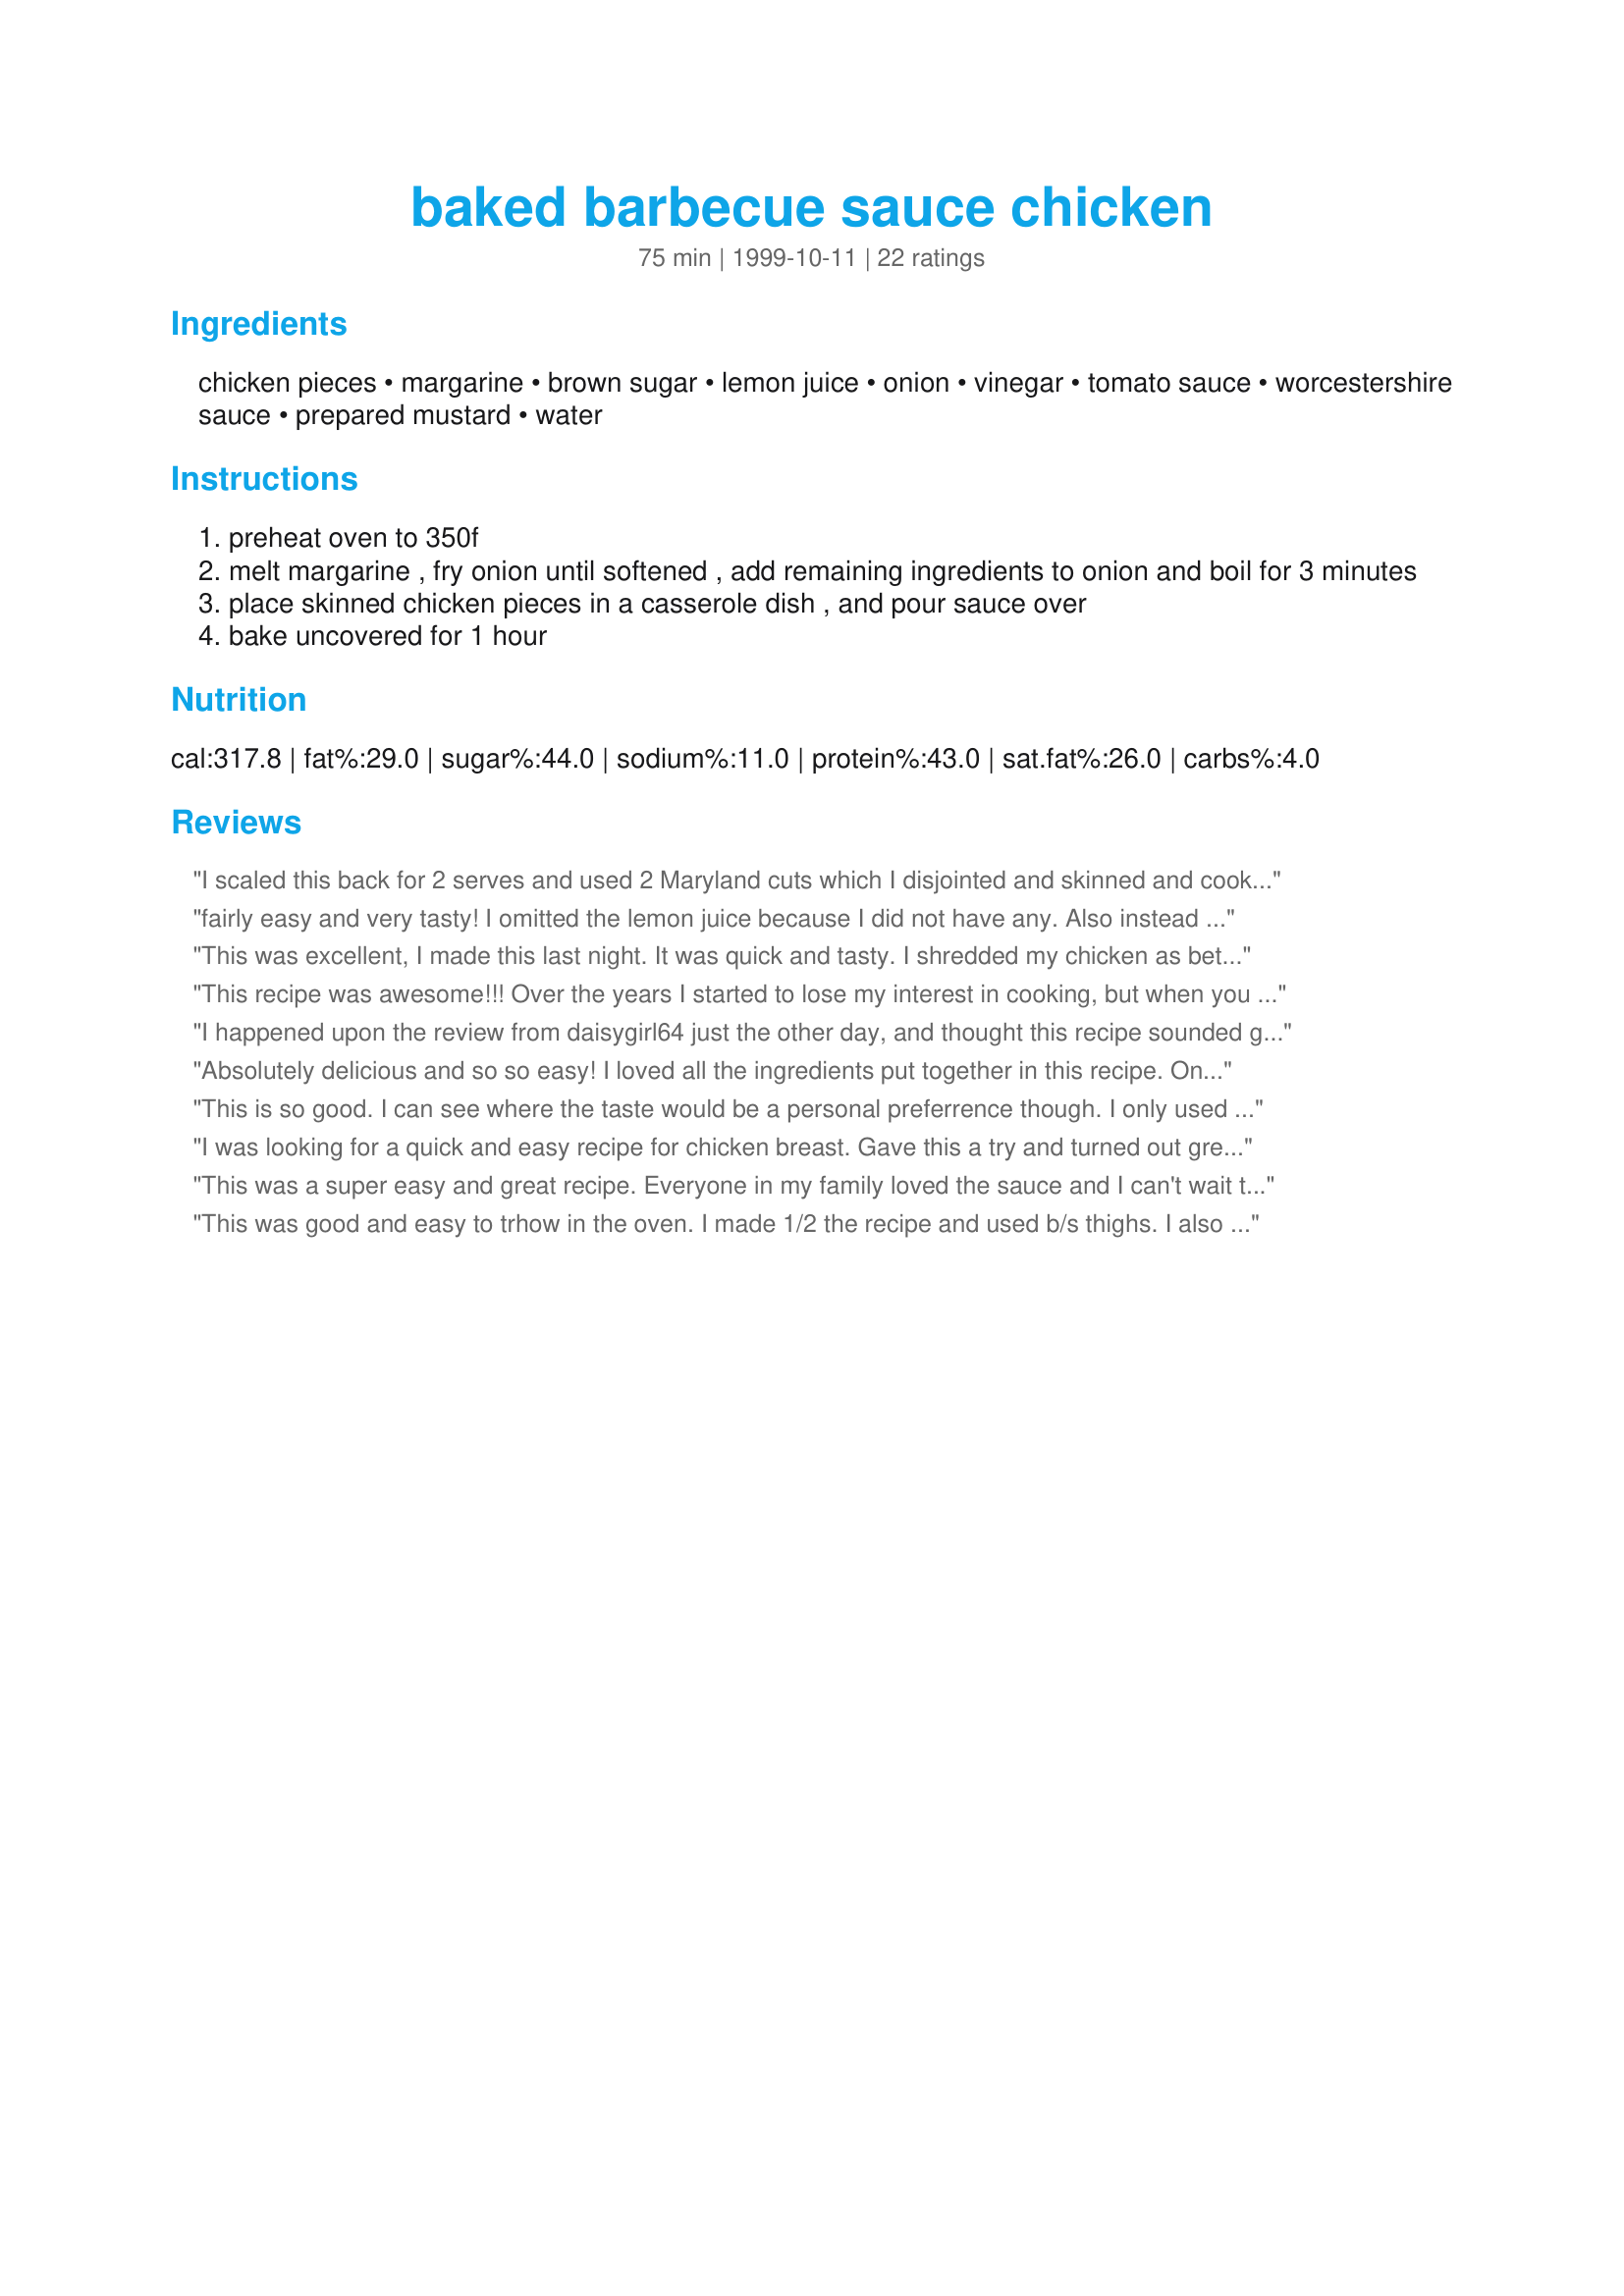
baked barbecue sauce chicken
Preparation time: 75 minutes

Ingredients:
chicken pieces, margarine, brown sugar, lemon juice, onion, vinegar, tomato sauce, worcestershire sauce, prepared mustard, water

Steps:
preheat oven to 350f
melt margarine , fry onion until softened , add remaining ingredients to onion and boil for 3 minutes
place skinned chicken pieces in a casserole dish , and pour sauce over
bake uncovered for 1 hour

Reviews:
I scaled this back for 2 serves and used 2 Maryland cuts which I disjointed and skinned and cooked as per recipe at 160C fan forced and they took 45 minutes to cook to perfection, very moist. The only change I would make in future is to make more of the sauce and definately more onions than the recipe states as I like to serve them over the chicken. Thank you JustJanS for a very simple and good weekday recipe that is fast and easy to make, made for Please Make My Recipe.
fairly easy and very tasty! I omitted the lemon juice because I did not have any. Also instead of the cup of water I used 1/2 cup of apple juice and 1/2 cup of water and also user cider vinegar! Thanks for the recipe!
This was excellent, I made this last night. It was quick and tasty.
I shredded my chicken as bettycrockerwannabe did and it made for a really good sandwich. Tangy and sweet.

Thanks for a great recipe.
This recipe was awesome!!! Over the years I started to lose my interest in cooking, but when you find a recipe like this one it just renews it for you. Thank you for the recipe and for making me want to cook again. I'll use this at least once a week.
I happened upon the review from daisygirl64 just the other day, and thought this recipe sounded good. My family likes their chicken with the skin on, so I kept it on and browned just the chicken in the oven for about 20 minutes, then poured off the grease and continued with your recipe (adjusting the cooking time due to the pre-browning). I also decreased the water to 3/4 C. Everyone loved it, even the kids! I will definitely make this again. Thx for sharing Jan!
Absolutely delicious and so so easy! I loved all the ingredients put together in this recipe. Once I had my sauce and chicken in the casserole dish I let it sit for about 1/2 hour so that flavor would blend into chicken. Just PERFECT! Loved it. Thank you very much and I will make again. Made for Aus/NS Tag Game.
This is so good. I can see where the taste would be a personal preferrence though. I only used 2 chicken breasts (i made it for myself) and i enjoyed having the extra sauce. I put salt and pepper on the onions while they were cooking, and added a little cayenne to the sauce. Also, I did not have lemon juice so I used orange and it came out great. I took the chicken out at 45 min, shredded it, and coated it with the sauce and put it back in for the remaining 15 minutes. I will def. make this again!
I was looking for a quick and easy recipe for chicken breast. Gave this a try and turned out great. I made a few changes. I added a clove of garlic with the onions, pinch of salt, pinch of red pepper flakes, used ketchup, and 3/4 cup water. I also thickened the sauce slightly with a mixture of cornstarch and water. Would make again.
This was a super easy and great recipe. Everyone in my family loved the sauce and I can't wait to try it on spare ribs. I've been looking for a sauce like this one, and I will definitely use it again.
This was good and easy to trhow in the oven. I made 1/2 the recipe and used b/s thighs. I also used a shallot rather than the onion. It was a hit and everyone liked it, especially 19 month DS. Made for Make My Recipe, Aus/NZ Tag.
I fixed this for dinner. I am happy the recipe was GREAT. I added a little bit of sweet baby rays bbq sauce and I did not put lemon(allergic). I boiled the chicken first and then pulled it apart and let it simmer in the crock pot all afternoon with your sauce. Thanks for the recipe!!
this smelt so good when cooking even DH commented how good it smelt. Fantastic recipe. I had all the things in my cupboard/freezer to make it. 
thanks again.
We didn't really like this one, sorry. The sauce was thin like water, I guess I was expecting it to thicken up while baking. The chicken was juicy, but just plain tasting to me (and I did season the breasts before adding the sauce). I guess it's just different taste buds!
I made this on a rainy day when we couln't barbecue. I used 1 pound of chicken and the amount of sauce was perfect. The sauce itself was spicy and sweet. I used ketchup and added 2 tablespoons of tomato paste.
This sauce is great! I mixed it up using dried onion flakes instead of fresh onion and doubled the recipe. It was fast and delicious. I used this to make barbecued chicken on the grill. My family loved it.
This was a great recipe! I liked the sweet, tangy flavor! Even my DH loved it - I didn't have several ingredients, so I subbed white wine for the vinegar and Taco Bell Mild Sauce for the W sauce - used the ketchup and I was out of tomato sauce and left out the prepared mustard - turned out great!! Will definitely be making again! Thanks for posting!
DH loved this recipe. I used the ketchup instead of the tomato sauce and was planning on using chicken stock in place of the 1c water. Well, I forgot to add any water, let alone the stock! The sauce turned out thick and coated the chicken beautifully. Thanks for an easy BBQ sauce recipe.
This turned out pretty good. The barbeque sauce itself was very nice-- I added a little red pepper for spice, as well as a couple cloves of garlic with the onion, and it was very tangy-sweet and spicy. The chicken turned out good-- we shredded it up and used it for BBQ sandwiches. Yum! Thanks for a very nice sauce recipe!
I made this one evening after our grill mysteriously ran out of gas. It was a good dish ,but next time I will cut down on the amount of water used. Had a very interesting flavor, sweet, yet spicy. Worth a try.
I've been looking for this taste for years. It is fantastic! I used apple cider vinegar and homemade chicken stock instead of water. I also left the skin on and floured & browned the chicken before baking. Served with mashed potatoes and sliced carrots. Mmm mmm good :)
This recipe worked really well for me. Followed directions exactly except cut back to 3/4 cup water. I used three chicken breasts with skin and bones. I also sprinked in a few pepper flakes for some zing. The leftovers I shredded into the sauce and they await in my fridge for BBQ'd chicken sandwiches! Thanks for a great little recipe!
I made this last night and my family raved about it. I think they thought I'd spent hours in the kitchen preparing it but actually was one of the easiest things I've ever made. The oven does the work. The Ingredients are already in most kitchens and a very tasty dish. I did add about an 1/8th of a cup more brown sugar to take some of the tangy out but it was great. I'm going to make the same sauce and try it with brisket this weekend! Should be really good!
